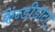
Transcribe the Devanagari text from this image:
कैंन्डीडाटा